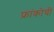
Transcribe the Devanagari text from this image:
फ्रांकोची